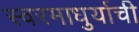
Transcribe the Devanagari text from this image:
स्वरमाधुर्याची